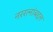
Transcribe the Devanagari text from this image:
नररत्नांबद्दल